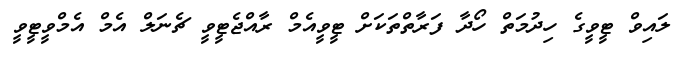
ލައިވް ޓީވީގެ ހިދުމަތް ހޯދާ ފަރާތްތަކަށް ޓީވީއެމް ރާއްޖެޓީވީ ޗެނަލް އެމް އެމްވީޓީވީ